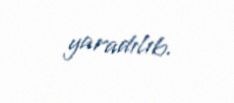
yaradılıb.